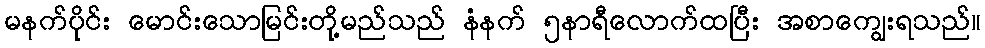
မနက်ပိုင်း မောင်းသောမြင်းတို့မည်သည် နံနက် ၅နာရီလောက်ထပြီး အစာကျွေးရသည်။